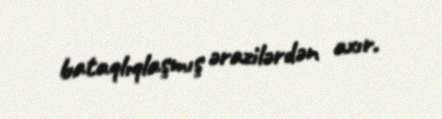
bataqlıqlaşmış ərazilərdən axır.